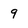
Character: 9